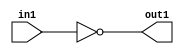
`timescale 1ps / 1ps
/*****************************************************************************
    Verilog RTL Description
    
    
    Created by: Stratus DpOpt 2019.1.01 
*******************************************************************************/

module bias_addr_gen_Not_1U_1U_4 (
	in1,
	out1
	); /* architecture "behavioural" */ 
input  in1;
output  out1;
wire  asc001;

assign asc001 = 
	((~in1));

assign out1 = asc001;
endmodule

/* CADENCE  urTzTww= : u9/ySgnWtBlWxVPRXgAZ4Og= ** DO NOT EDIT THIS LINE ******/